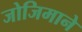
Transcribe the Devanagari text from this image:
जोजिमाने